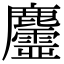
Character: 𪋳